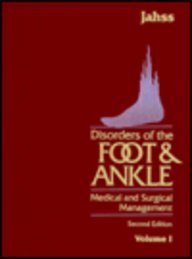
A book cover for Disorders of the Foot and Ankle: Medical and Surgical Management, 3-Volume Set, 2e; Melvin H. Jahss MD; Medical Books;